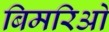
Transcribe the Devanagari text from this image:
बिमरिओ